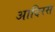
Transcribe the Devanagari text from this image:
आदिरस